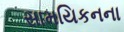
સામયિકનના